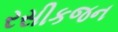
રસીકજન